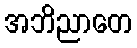
အဘိညာတေ